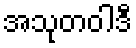
အသုတဝါဒီ